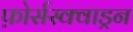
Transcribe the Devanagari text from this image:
फ़ोर्सस्क्वाड्रन